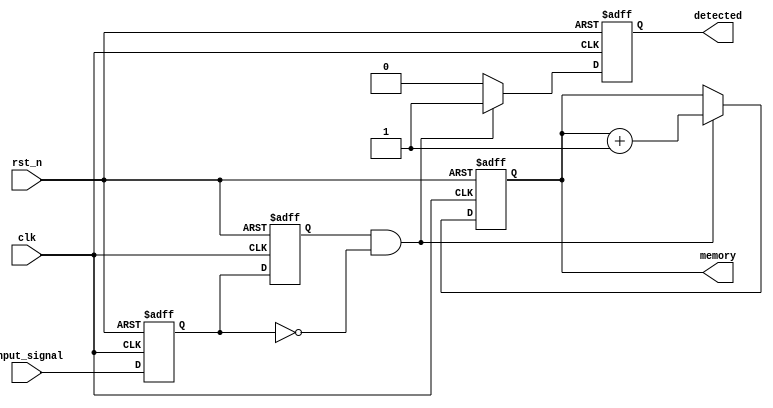
module dual_ff_detector (
    input wire clk,            // Clock signal
    input wire rst_n,         // Active low reset signal
    input wire input_signal,   // Input signal to be monitored
    output reg detected,       // Output signal indicating pattern detection
    output reg [7:0] memory    // Memory block to store detected state (example size)
);

// Internal signals for the flip-flops
reg ff1_out;                 // Output of the first flip-flop
reg ff2_out;                 // Output of the second flip-flop

// Flip-flop 1: Synchronize input signal
always @(posedge clk or negedge rst_n) begin
    if (!rst_n) begin
        ff1_out <= 1'b0;
    end else begin
        ff1_out <= input_signal;
    end
end

// Flip-flop 2: Further synchronization
always @(posedge clk or negedge rst_n) begin
    if (!rst_n) begin
        ff2_out <= 1'b0;
    end else begin
        ff2_out <= ff1_out;
    end
end

// Control logic for pattern detection
always @(posedge clk or negedge rst_n) begin
    if (!rst_n) begin
        detected <= 1'b0;
        memory <= 8'b0; // Clear memory on reset
    end else begin
        // Example pattern detection logic: Detect rising edge
        if (ff2_out && !ff1_out) begin
            detected <= 1'b1; // Pattern detected
            memory <= memory + 1; // Store state (increment for example)
        end else begin
            detected <= 1'b0; // No pattern detected
        end
    end
end

endmodule